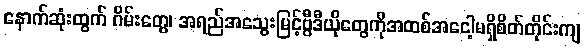
နောက်ဆုံးထွက် ဂိမ်းတွေ၊ အရည်အသွေးမြင့်ဗွီဒီယိုတွေကိုအထစ်အငေါ့မရှိစိတ်တိုင်းကျ